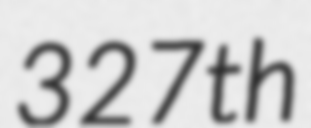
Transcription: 327th